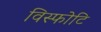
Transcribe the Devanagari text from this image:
विस्फोटि